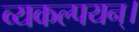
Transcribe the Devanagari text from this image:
व्यकल्पयन्।